Annual report of the Central Committee of the Association together with the report of the directors of the Pasteur Institute at Kasauli
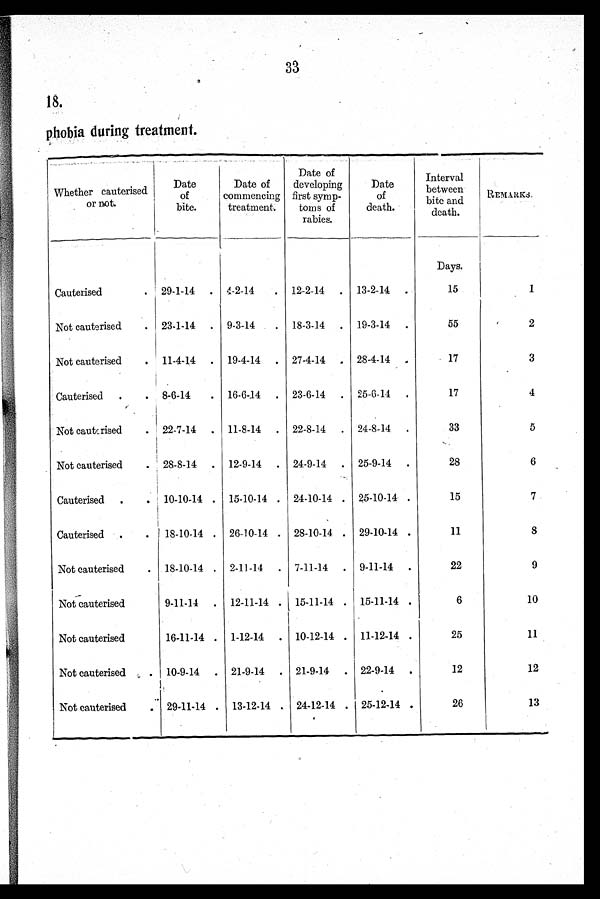
33
18.
phobia during treatment.
Whether cauterised
or not.
Date
of
bite.
Date of
commencing
treatment.
Date of
developing
first symp-
toms of
rabies.
Date
of
death.
Interval
between
bite and
death.
REMARKS .
Days.
Cauterised
29-1-14
4-2-14
12-2-14
13-2-14
15
1
Not cauterised
23-1-14
9-3-14
18-3-14
19-3-14
55
2
Not cauterised
11-4-14
19-4-14
27-4-14
28-4-14
17
3
Cauterised
8-6-14
16-6-14
23-6-14
25-6-14
17
4
Not cauterised
22-7-14
11-8-14
22-8-14
24-8-14
33
5
Not cauterised
28-8-14
12-9-14
24-9-14
25-9-14
28
6
Cauterised
10-10-14
15-10-14
24-10-14
25-10-14
15
7
Cauterised
18-10-14
26-10-14
28-10-14
29-10-14
11
8
Not cauterised
18-10-14
2-11-14
7-11-14
9-11-14
22
9
Not cauterised
9-11-14
12-11-14
15-11-14
15-11-14
6
10
Not cauterised
16-11-14
1-12-14
10-12-14
11-12-14
25
11
Not cauterised
10-9-14
21-9-14
21-9-14
22-9-14
12
12
Not cauterised
2 9 - 1 1 - 1 4 13-12-14
24-12-14
25-12-14
26
13